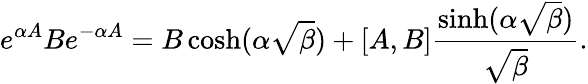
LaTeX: e^{\alpha A}Be^{-\alpha A}=B\cosh(\alpha\sqrt{\beta})+[A,B]\frac{\sinh(\alpha\sqrt{\beta})}{\sqrt{\beta}}.